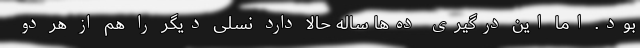
بود. اما این درگیری ده‌ها ساله حالا دارد نسلی دیگر را هم از هر دو